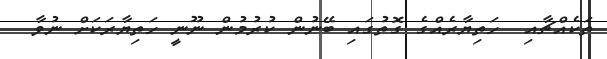
ތަކެއްޗާއި  ހަތިޔާރެއްގެ ގޮތުގައި ބޭނުން ކުރުމުން ނޫނީ ހަތިޔާރަކަށް ނުވާ